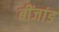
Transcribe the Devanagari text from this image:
बींजांड